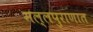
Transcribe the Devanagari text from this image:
मल्लपुराणात